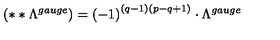
\left( * * \Lambda ^ { g a u g e } \right) = \left( - 1 \right) ^ { \left( q - 1 \right) \left( p - q + 1 \right) } \cdot \Lambda ^ { g a u g e }